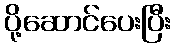
ပို့ဆောင်ပေးပြီး